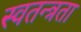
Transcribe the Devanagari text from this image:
स्‍वतन्त्रता